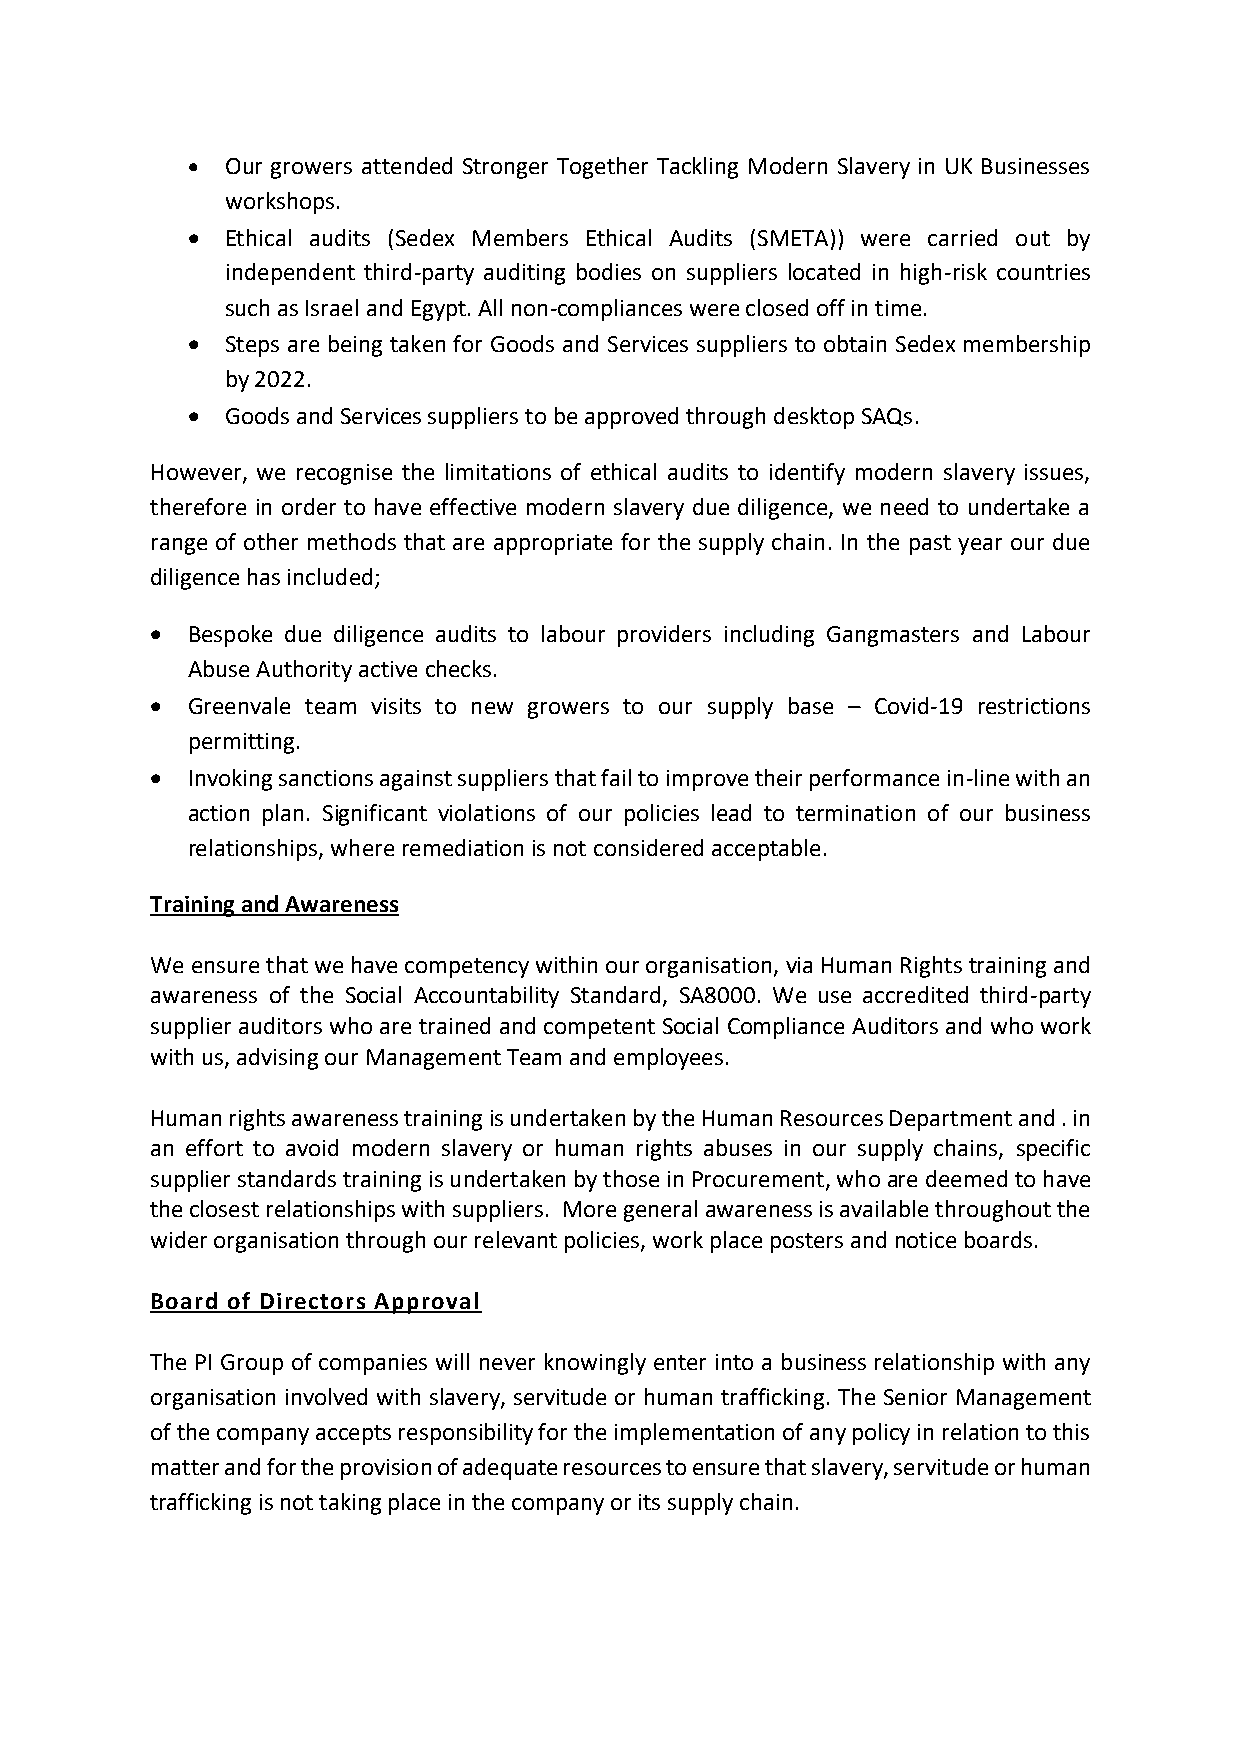
•  Our growers attended Stronger Together Tackling Modern Slavery in UK Businesses
 workshops.
 •  Ethical audits (Sedex Members Ethical Audits (SMETA)) were carried out by
 independent third-party auditing bodies on suppliers located in high-risk countries
 such as Israel and Egypt. All non-compliances were closed off in time.
 •  Steps are being taken for Goods and Services suppliers to obtain Sedex membership
 by 2022.
 •  Goods and Services suppliers to be approved through desktop SAQs.
 However, we recognise the limitations of ethical audits to identify modern slavery issues,
 therefore in order to have effective modern slavery due diligence, we need to undertake a
 range of other methods that are appropriate for the supply chain. In the past year our due
 diligence has included;
 • Bespoke due diligence audits to labour providers including Gangmasters and Labour
 Abuse Authority active checks.
 • Greenvale team visits to new growers to our supply base – Covid-19 restrictions
 permitting.
 • Invoking sanctions against suppliers that fail to improve their performance in-line with an
 action plan. Significant violations of our policies lead to termination of our business
 relationships, where remediation is not considered acceptable.
 Training and Awareness
 We ensure that we have competency within our organisation, via Human Rights training and
 awareness of the Social Accountability Standard, SA8000. We use accredited third-party
 supplier auditors who are trained and competent Social Compliance Auditors and who work
 with us, advising our Management Team and employees.
 Human rights awareness training is undertaken by the Human Resources Department and . in
 an effort to avoid modern slavery or human rights abuses in our supply chains, specific
 supplier standards training is undertaken by those in Procurement, who are deemed to have
 the closest relationships with suppliers. More general awareness is available throughout the
 wider organisation through our relevant policies, work place posters and notice boards.
 Board of Directors Approval
 The PI Group of companies will never knowingly enter into a business relationship with any
 organisation involved with slavery, servitude or human trafficking. The Senior Management
 of the company accepts responsibility for the implementation of any policy in relation to this
 matter and for the provision of adequate resources to ensure that slavery, servitude or human
 trafficking is not taking place in the company or its supply chain.